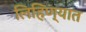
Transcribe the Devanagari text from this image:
लिहिण्‍यात